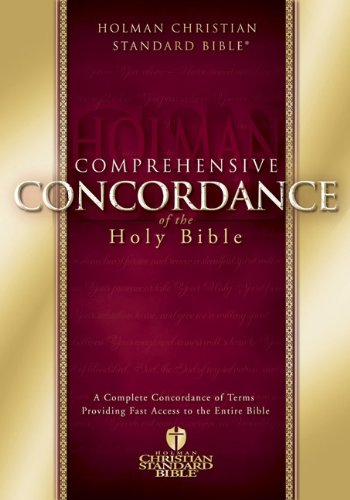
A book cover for HCSB Comprehensive Concordance (Holman Christian Standard Bible); Christian Books & Bibles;